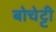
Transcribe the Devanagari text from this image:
बोचेट्टी